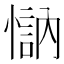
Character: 𱟄